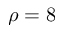
\rho = 8